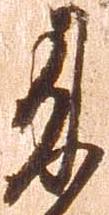
来